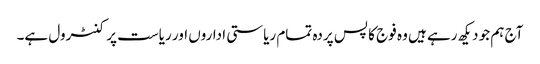
آج ہم جو دیکھ رہے ہیں وہ فوج کا پس پردہ تمام ریاستی اداروں اور ریاست پر کنٹرول ہے۔